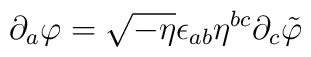
\partial_a\varphi=\sqrt{-\eta}\epsilon_{ab}\eta^{bc}\partial_c\tilde\varphi